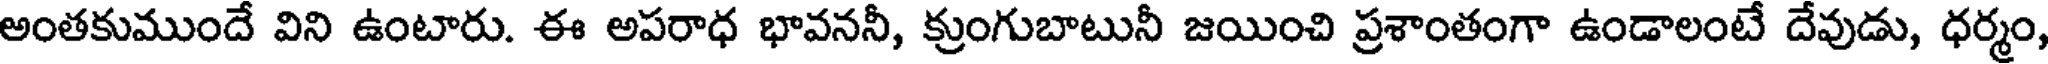
అంతకుముందే విని ఉంటారు. ఈ అపరాధ భావననీ, క్రుంగుబాటునీ జయించి ప్రశాంతంగా ఉండాలంటే దేవుడు, ధర్మం,